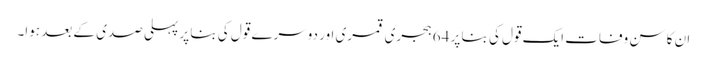
ان کا سن وفات ایک قول کی بنا پر 64 ہجری قمری اور دوسرے قول کی بنا پر پہلی صدی کے بعد ہوا۔